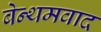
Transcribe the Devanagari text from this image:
बेन्थमवाद